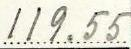
119.55